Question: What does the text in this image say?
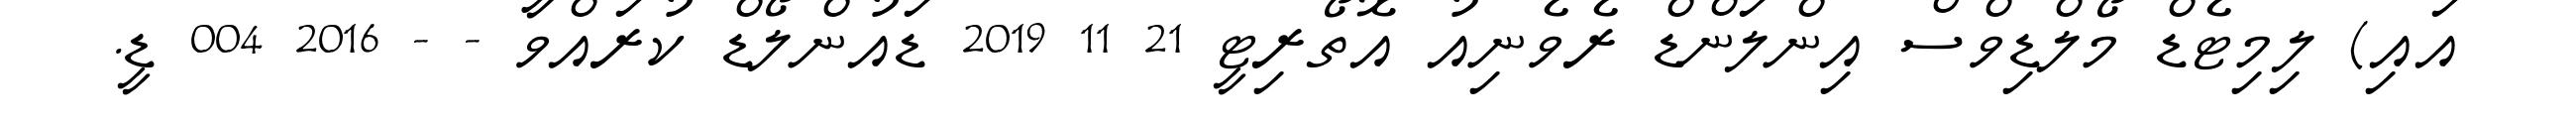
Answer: އައި) ލިމިޓެޑް މޯލްޑިވްސް އިންލަންޑް ރެވެނިއު އޮތޯރިޓީ 21 11 2019 ޑައުންލޯޑް ކުރައްވާ - - 2016 004 ޑީ.